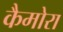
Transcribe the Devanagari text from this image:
कैमोरा